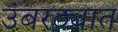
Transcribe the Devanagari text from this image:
उंबरठ्यात